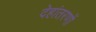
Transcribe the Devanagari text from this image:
देहांतरणों